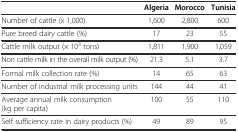
<table><thead><tr><td></td><td><b>Algeria</b></td><td><b>Morocco</b></td><td><b>Tunisia</b></td></tr></thead><tbody><tr><td>Number of cattle (x 1,000)</td><td>1,600</td><td>2,800</td><td>600</td></tr><tr><td>Pure breed dairy cattle (%)</td><td>17</td><td>23</td><td>55</td></tr><tr><td>Cattle milk output (× 10<sup>3</sup> tons)</td><td>1,811</td><td>1,900</td><td>1,059</td></tr><tr><td>Non cattle milk in the overall milk output (%)</td><td>21.3</td><td>5.1</td><td>3.7</td></tr><tr><td>Formal milk collection rate (%)</td><td>14</td><td>65</td><td>63</td></tr><tr><td>Number of industrial milk processing units</td><td>144</td><td>44</td><td>41</td></tr><tr><td>Average annual milk consumption (kg per capita)</td><td>100</td><td>55</td><td>110</td></tr><tr><td>Self sufficiency rate in dairy products (%)</td><td>49</td><td>89</td><td>95</td></tr></tbody></table>